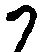
か